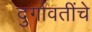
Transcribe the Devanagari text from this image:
दुर्गावतींचे